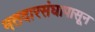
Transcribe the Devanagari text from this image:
मतदारसंघापासून